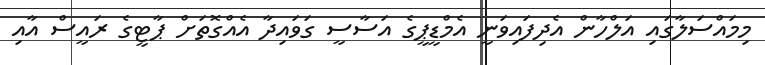
މިމައްސަލާގައި އަލްހާން އެދިފައިވަނީ އެމްޑީޕީގެ އަސާސީ ގަވައިދާ އެއްގޮތަށް ޕާޓީގެ ރައީސް އާއި